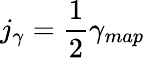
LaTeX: j_{\gamma}=\frac{1}{2}\gamma_{map}